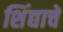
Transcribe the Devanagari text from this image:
शिंद्याचे